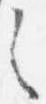
之